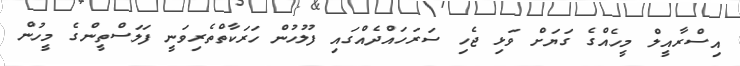
އިސްރާއީލް މީހެއްގެ ގަޔަށް ވަޅި ޖެހި ސަރަހައްދެއްގައި ފުލުހުން ހަރަކާތްތެރިވަނީ ފަލަސްތީންގެ މީހުން